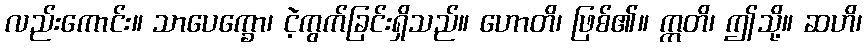
လည်းကောင်း။ သာပေက္ခော၊ ငဲ့ကွက်ခြင်းရှိသည်။ ဟောတိ၊ ဖြစ်၏။ ဣတိ၊ ဤသို့။ ဆဟိ၊